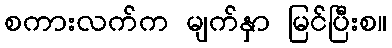
စကားလက်က မျက်နှာ မြင်ပြီးစ။